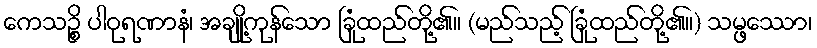
ကေသဉ္စိ ပါဝုရဏာနံ၊ အချို့ကုန်သော ခြုံထည်တို့၏။ (မည်သည့် ခြုံထည်တို့၏။) သမ္ဖဿော၊